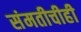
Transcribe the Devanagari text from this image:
संमतीचीही